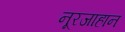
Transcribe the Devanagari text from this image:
नूरजाहान